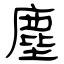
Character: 塵